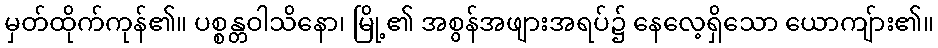
မှတ်ထိုက်ကုန်၏။ ပစ္စန္တဝါသိနော၊ မြို့၏ အစွန်အဖျားအရပ်၌ နေလေ့ရှိသော ယောကျ်ား၏။